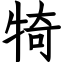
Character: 犄